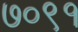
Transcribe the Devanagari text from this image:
७०९१